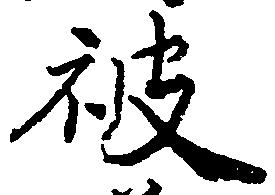
被